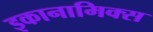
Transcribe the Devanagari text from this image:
इकानामिक्स